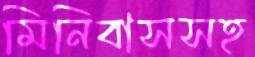
মিনিবাসসহ